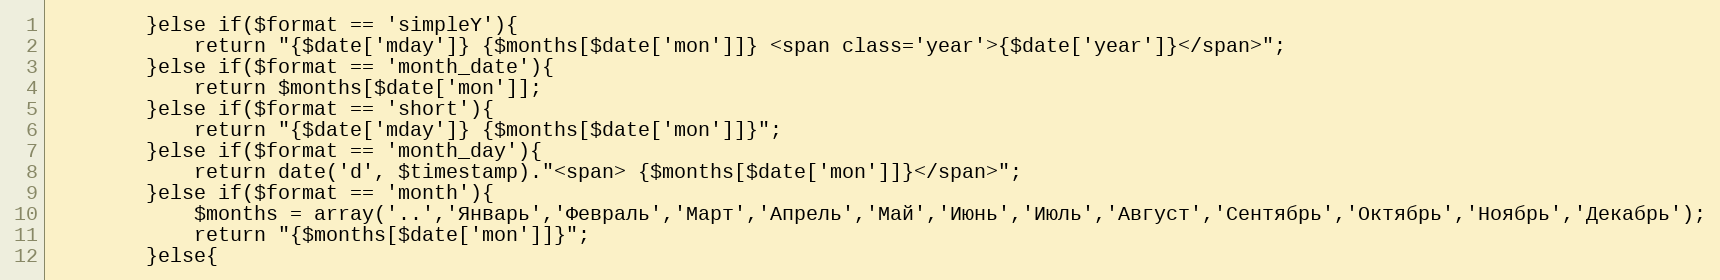
Language: PHP
        }else if($format == 'simpleY'){
            return "{$date['mday']} {$months[$date['mon']]} <span class='year'>{$date['year']}</span>";
        }else if($format == 'month_date'){
            return $months[$date['mon']];
        }else if($format == 'short'){
            return "{$date['mday']} {$months[$date['mon']]}";
        }else if($format == 'month_day'){
            return date('d', $timestamp)."<span> {$months[$date['mon']]}</span>";
        }else if($format == 'month'){
            $months = array('..','Январь','Февраль','Март','Апрель','Май','Июнь','Июль','Август','Сентябрь','Октябрь','Ноябрь','Декабрь');
            return "{$months[$date['mon']]}";
        }else{